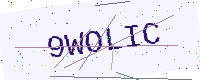
Text: 9WOLIC